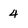
Character: 4